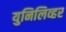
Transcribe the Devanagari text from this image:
युनिलिव्हर